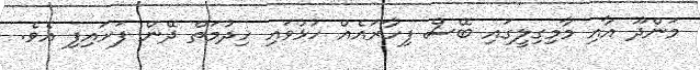
މަންދޫ އާއި މާމިގިލީގައި ބޭސް ފިހާރައެއް ހުޅުވައި ހިދުމަތް ދޭން ފަށައިފި އެވެ.